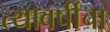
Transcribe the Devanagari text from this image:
त्यावर्षीचा